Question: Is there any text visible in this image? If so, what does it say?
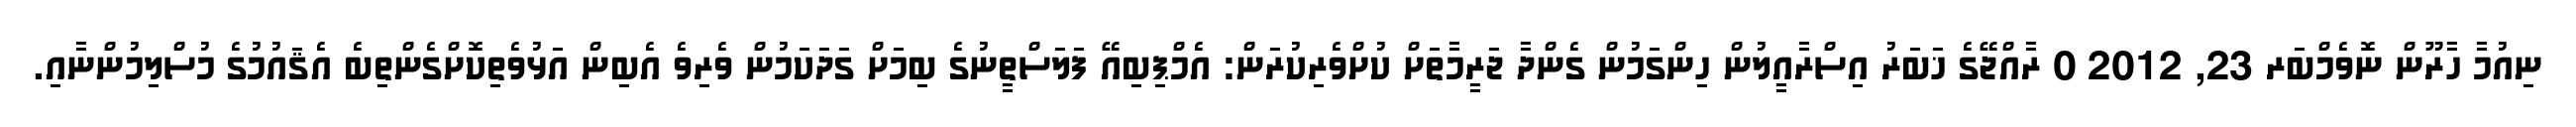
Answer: ނިއުމާ ހާރޫން ނޮވެމްބަރ 23, 2012 0 ރާއްޖޭގެ ޚަބަރު އިސްރާއީލުން ހިންގަމުން ގެންދާ ޖަރީމާތަށް ކުށްވެރިކުރަން: އެމްޕިބިއޭ ފަލަސްތީނުގެ ބިމަށް ގަދަކަމުން ވެރިވެ އެބިން އަޅުވެތިކޮށްގެންތިބެ އެޤައުމުގެ މުސްލިމުންނާއި.